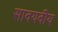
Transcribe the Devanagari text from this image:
सावयवीय